Lunatic asylums Bombay report 1891-1903 - 1891-1903
Year: 1891
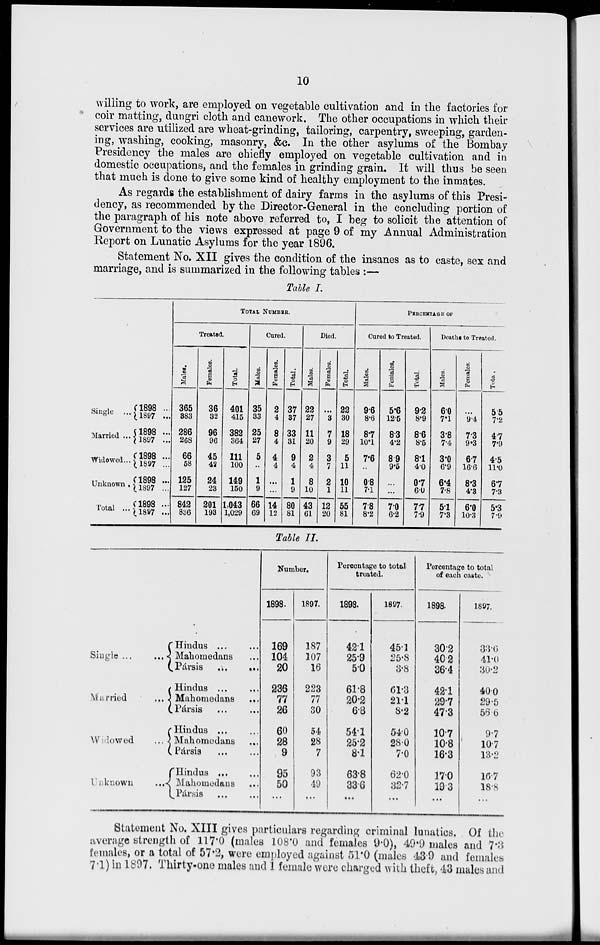
10
willing to work, are employed on vegetable cultivation and in the factories for
coir matting, dungri cloth and canework. The other occupations in which their
services are utilized are wheat-grinding, tailoring, carpentry, sweeping, garden-
ing, washing, cooking, masonry, &c. In the other asylums of the Bombay
Presidency the males are chiefly employed on vegetable cultivation and in
domestic occupations, and the females in grinding grain. It will thus be seen
that much is done to give some kind of healthy employment to the inmates.
As regards the establishment of dairy farms in the asylums of this Presi-
dency, as recommended by the Director-General in the concluding portion of
the paragraph of his note above referred to, I beg to solicit the attention of
Government to the views expressed at page 9 of my Annual Administration
Report on Lunatic Asylums for the year 1896.
Statement No. XII gives the condition of the insanes as to caste, sex and
marriage, and is summarized in the following tables :—
Table I.
Single ...
Married ...
Widowed ...
Unknown ...
Total ...
1898 ...
1897 ...
1898 ...
1897 ...
1898 ...
1897 ...
1898 ...
1897 ...
1898 ...
1897 ...
TOTAL NUMBER.
Treated.
Males.
365
383
286
268
66
58
125
127
842
836
Females.
36
32
96
96
45
42
24
23
201
193
Total.
401
415
382
364
111
100
149
150
1,043
1,029
Cured.
Males.
35
33
25
27
5
...
1
9
66
69
Females.
2
4
8
4
4
4
...
...
14
12
Total.
37
37
33
31
9
4
1
9
80
81
Died.
Males.
22
27
11
20
2
4
8
10
43
61
Females.
...
3
7
9
3
7
2
1
12
20
Total.
22
30
18
29
5
11
10
11
55
81
PERCENTAGE OF
Cured to Treated.
Males.
9.6
8.6
87
10.1
7.6
...
0.8
7.1
7.8
8.2
Females.
5.6
12.5
8.3
4.2
8.9
9.5
...
...
7.0
6.2
Total.
9.2
8.9
8.6
8.5
8.1
4.0
0.7
6.0
7.7
7.9
Deaths to Treated.
Males.
6.0
7.1
3.8
7.4
3.0
6.9
6.4
7.8
5.1
7.3
Females.
...
9.4
7.3
9.3
6.7
16.6
8.3
4.3
6.0
10.3
Total.
5.5
7.2
4.7
7.9
4.5
11.0
6.7
7.3
5.3
7.9
Table II.
Single
...
...
Married
...
Windowed
...
Unknwn ...
Hindus ... ...
Mahomedans ...
Pársis ... ...
Hindus ... ...
Mahomedans
...
Pársis ... ...
Hindus ... ...
Mahomedans ...
Pársis ... ...
Hindus ... ...
Mahomedans ...
Pársis
...
...
Number.
1898.
169
104
20
236
77
26
60
28
9
95
50
...
1897.
187
107
16
223
77
30
54
28
7
93
49
...
Percentage to total
treated.
1898.
42.1
25.9
5.0
61.8
20.2
6.8
54.1
25.2
8.1
63.8
33.6
...
1897.
45.1
25.8
3.8
61.3
21.1
8.2
54.0
28.0
7.0
62.0
32.7
...
Percentage to total
of each caste.
1898.
30.2
40.2
36.4
42.1
29.7
47.3
10.7
10.8
16.3
17.0
19.3
...
1897.
33.6
41.0
30.2
40.0
29.5
56.6
9.7
10.7
13.2
16.7
18.8
...
Statement No. XIII gives particulars regarding criminal lunatics. Of the
average strength of 117.0 (males 108.0 and females 9.0), 49.9 males and 7.3
females, or a total of 57.2, were employed against 51.0 (males 43.9 and females
7.1) in 1897. Thirty-one males and 1 female were charged with theft, 43 males and